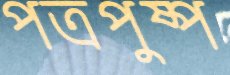
পত্রপুষ্প